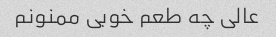
عالی چه طعم خوبی ممنونم